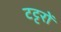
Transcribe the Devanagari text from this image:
टट्टरों